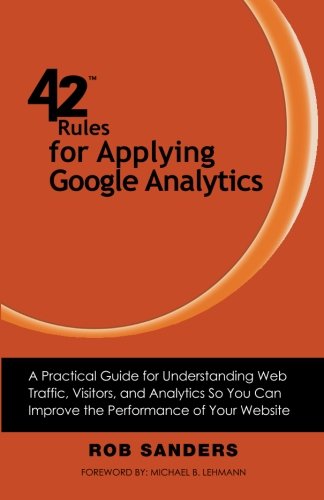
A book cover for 42 Rules for Applying Google Analytics: 42 Rules for Applying Google Analytics; Rob Sanders; Computers & Technology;